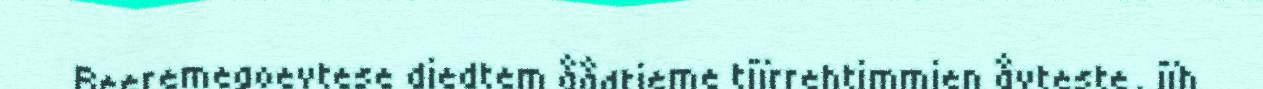
Reeremegoevtese diedtem åådtjeme tjïrrehtimmien åvteste, jïh